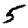
Digit: 5